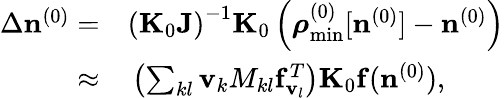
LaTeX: \begin{array}{rl}{\Delta{\mathbf n}^{(0)}=}&{{}\left({\mathbf K}_{0}{\mathbf J}\right)^{-1}{\mathbf K}_{0}\left({\boldsymbol\rho}_{\mathrm{min}}^{(0)}[{\mathbf n}^{(0)}]-{\mathbf n}^{(0)}\right)}\\ {\approx}&{{}\left(\sum_{kl}{\mathbf v}_{k}{M_{kl}}{{\mathbf f}_{{\mathbf v}_{l}}^{T}}\right){\mathbf K}_{0}{\mathbf f}({\mathbf n}^{(0)}),}\end{array}